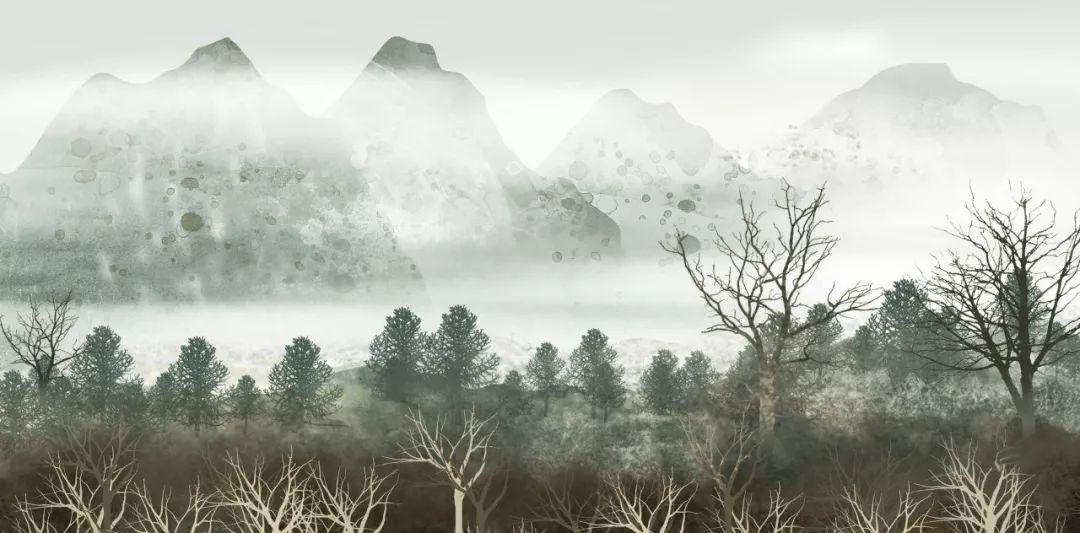
高岸为谷，深谷为陵。